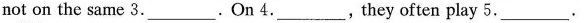
not on the same 3.___.On 4.___,they often play 5___.